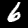
Label: 6